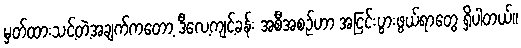
မှတ်ထားသင့်တဲ့အချက်ကတော့ ဒီလေ့ကျင့်ခန်း အစီအစဉ်ဟာ အငြင်းပွားဖွယ်ရာတွေ ရှိပါတယ်။